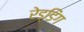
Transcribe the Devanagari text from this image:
रेड्डिंग